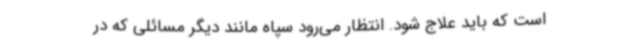
است که باید علاج شود. انتظار می‌رود سپاه مانند دیگر مسائلی که در